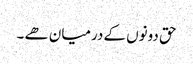
حق دونوں کے درمیان ھے ۔